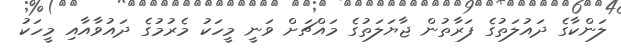
ލަންކާގެ ދައުލަތުގެ ފަރާތުން ޖާޔަލަތުގެ މައްޗަށް ވަނީ މީހަކު މެރުމުގެ ދައުވާއާއި މީހަކު